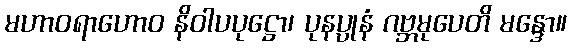
မဟာဝရာဟောဝ နိဝါပပုဋ္ဌော၊ ပုနပ္ပုနံ ဂဗ္ဘမုပေတိ မန္ဒော။